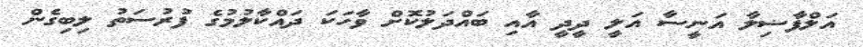
އަލްފާޟިލާ އަނީސާ އަލީ ދީދީ އާއި ބައްދަލުކޮށް ވާހަކަ ދައްކާލުމުގެ ފުރުސަތު ލިބިގެން